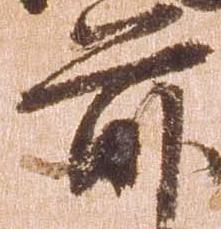
前